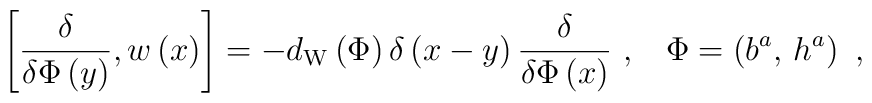
\left[ \frac \delta {\delta \Phi \left( y\right) },w\left( x\right) \right]=-d_{{\rm W}}\left( \Phi \right) \delta \left( x-y\right) \frac \delta{\delta \Phi \left( x\right) }\,\,,\;\;\;\Phi =\left( b^a,\,h^a\right) \,\,,